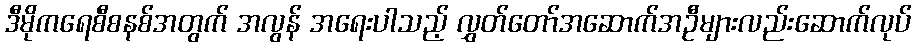
ဒီမိုကရေစီစနစ်အတွက် အလွန် အရေးပါသည့် လွှတ်တော်အဆောက်အဦများလည်းဆောက်လုပ်